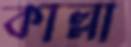
কাল্লা